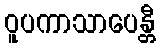
ဝူပကာသာပေန္တီ